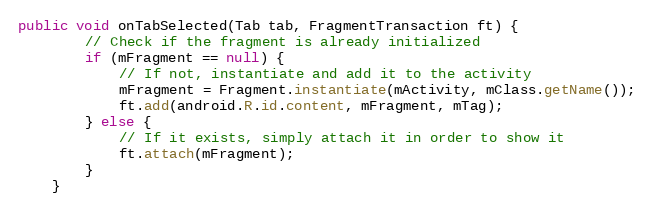
Language: Java
public void onTabSelected(Tab tab, FragmentTransaction ft) {
		// Check if the fragment is already initialized
		if (mFragment == null) {
			// If not, instantiate and add it to the activity
			mFragment = Fragment.instantiate(mActivity, mClass.getName());
			ft.add(android.R.id.content, mFragment, mTag);
		} else {
			// If it exists, simply attach it in order to show it
			ft.attach(mFragment);
		}
	}